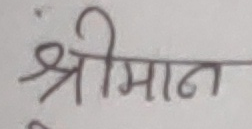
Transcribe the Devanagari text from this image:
श्रीमान